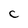
Character: c